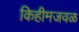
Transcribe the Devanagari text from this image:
किहीमजवळ